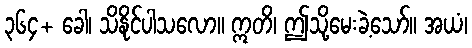
၃၆၄+ ခေါ၊ သိနိုင်ပါသလော။ ဣတိ၊ ဤသို့မေးခဲ့သော်။ အယံ၊